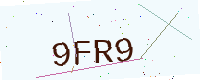
Text: 9FR9